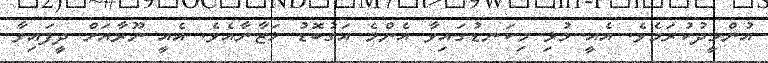
އުންމީދުކުރަމެވެ. އެއީ މުޅި މިކަނޑުގައިވާ އެންމެ އަގުބޮޑު ޚަޒާނާއެވެ. އެއީ ނޫރާއަށް ދީފައިވާ